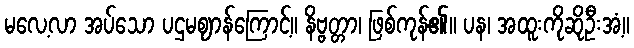
မလေ့လာ အပ်သော ပဌမဈာန်ကြောင့်။ နိဗ္ဗတ္တာ၊ ဖြစ်ကုန်၏။ ပန၊ အထူးကိုဆိုဦးအံ့။